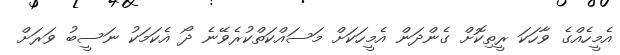
އެމީހެއްގެ ވާހަކަ ރީތިކޮށް ގެންދަން އެމީހަކަށް މަސައްކަތްކުރެވޭނެ ދޯ އެކަމަކު ނަސީބު ވަރަށް